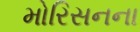
મોરિસનના